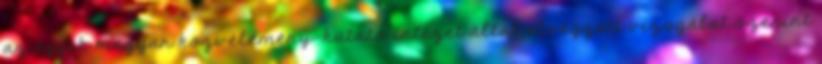
az egyik magyar közvélemény-kutató intézet által elvégzett vizsgálat szerint